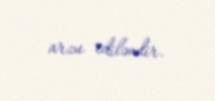
arzu ediləndir.